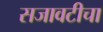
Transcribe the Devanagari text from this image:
सजावटीचा